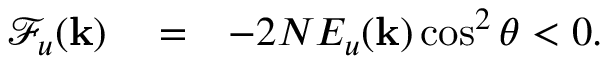
\begin{array} { r l r } { \mathcal { F } _ { u } ( { \bf k } ) } & { { } = } & { - 2 N E _ { u } ( { \bf k } ) \cos ^ { 2 } \theta < 0 . } \end{array}